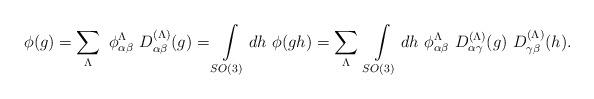
LaTeX: \begin{align*}\phi(g) = \sum_\Lambda \ \phi^{\Lambda}_{\alpha\beta}\ D^{(\Lambda)}_{\alpha\beta}(g) = \int\limits_{SO(3)} dh\ \phi(gh) = \sum_\Lambda \ \int\limits_{SO(3)} dh\ \phi^{\Lambda}_{\alpha\beta}\ D^{(\Lambda)}_{\alpha\gamma}(g)\ D^{(\Lambda)}_{\gamma\beta}(h).\end{align*}